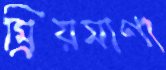
ম্রিয়মাণা